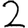
Digit: 2